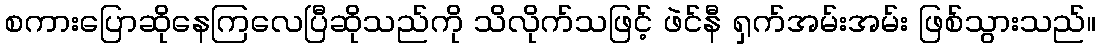
စကားပြောဆိုနေကြလေပြီဆိုသည်ကို သိလိုက်သဖြင့် ဖဲင်နီ ရှက်အမ်းအမ်း ဖြစ်သွားသည်။